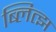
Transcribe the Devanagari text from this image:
ब्लित्झ